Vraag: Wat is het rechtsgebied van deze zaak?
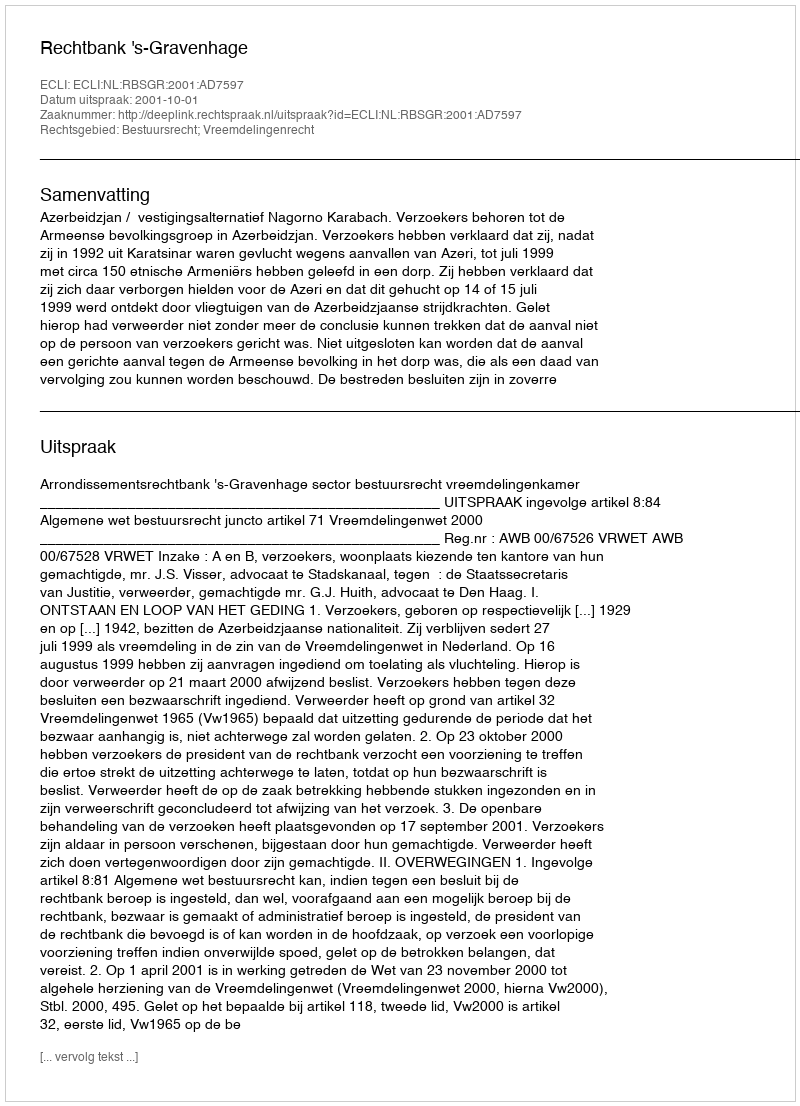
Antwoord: Bestuursrecht; Vreemdelingenrecht